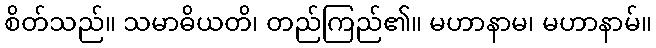
စိတ်သည်။ သမာဓိယတိ၊ တည်ကြည်၏။ မဟာနာမ၊ မဟာနာမ်။